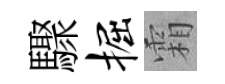
驟掘霜